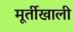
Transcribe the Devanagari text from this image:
मूर्तीखाली